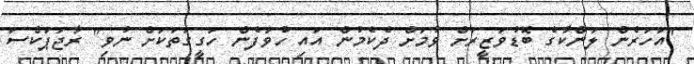
"އަހަރެން ލަންކާގެ ބޮޑުވަޒީރަށް ވުމަށް ދެކެމުން އައި ހުވަފެން ހަގީގަތަކަށް ނުވި" ރާޖަޕަކްސަ